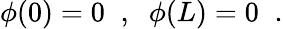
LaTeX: \phi(0)=0\; \; ,\; \; \phi(L)=0\; \; .